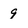
Character: 9